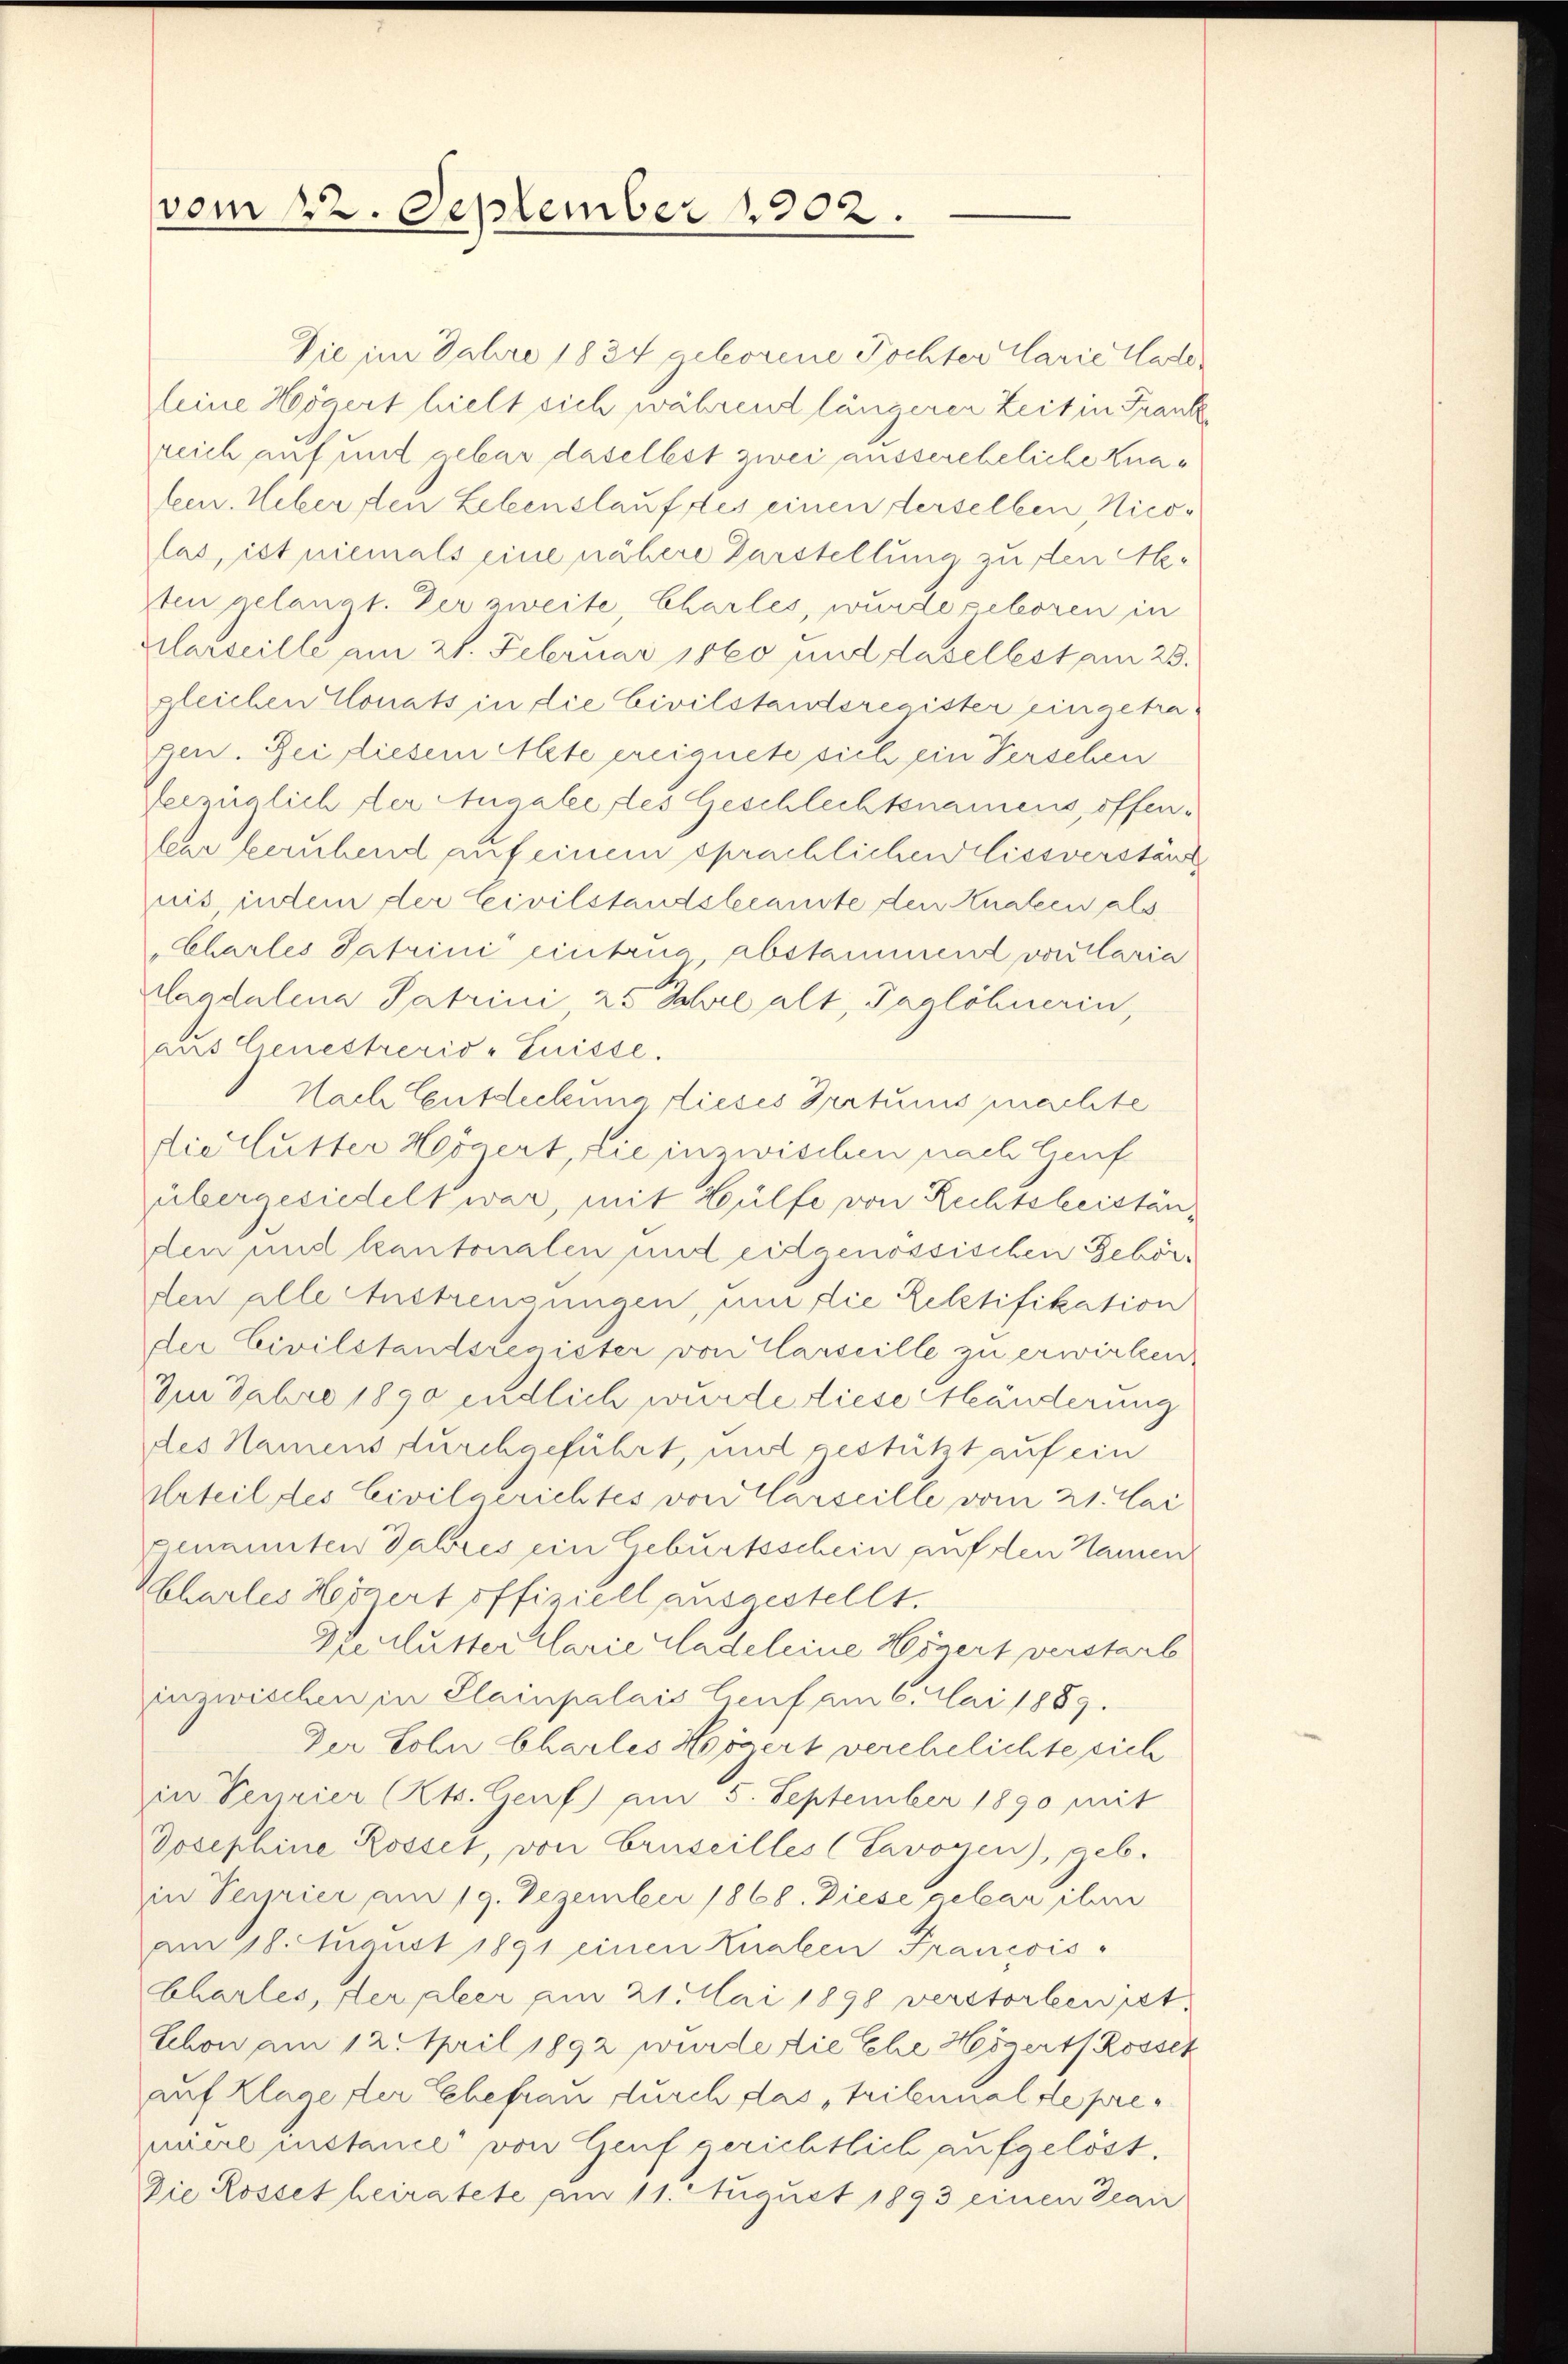
e
vom 22. September 1902.

Die im Jahre 1834 geborene Tochter Carie Hade
leine Högert hielt sich während längerer Zeit in Frank
reich auf und gebar daselbst zwei aussereheliche Knalen. Ueber den Lebenslauf des einen derselben, Nicolas, ist niemals eine nähere Darstellung zu den Me-
sten gelangt. Der zweite, Charles, wurde geboren in
Marseille am 21. Februar 1860 und daselbst am 23.
gleichen Monats in die Civilstanderegister eingetra
gen. Bei diesem Alte ereignete sich ein Verschen
verzüglich der Angabe des Geschlechtsnamens, offenlar beruhend auf einem sprachlichen Missverständ
nis, indem der Civilstandsbeanste den Hnaten als
Chartes Patrini einbrug abstammend von Claria
Landalena Patrini, 25 Jahre alt, Taglöhnerin,
aus Genestrecio-Puisse.
Nach Entdeckung dieses Irrtums machte
die lutter Heögert, die inzwischen nach Genf
übergesiedelt war, mit Hülfe von Rechtsbeiständen und kantonalen und eidgenössischen Gehörden alle Austrengungen, um die Relatifikation
der Civilstandsregister von Karseille zu erwirken,
Im Fabro 1890 endlich wurde diese Händerung
des Namens durchgeführt, und gestützt auf ein
Urteil des Civilgerichtes von Carseille vom 21. Mai
genannten Jahres ein Geburtsschein auf den Namen
Khartes Horgert offiziell ausgestellt.
Heclutter Clarie Kladeleine Hinert verstarb
inzwischen in Plainpalais lieuf am 6. Mai 1889.
Der Lohn Charles Högert verehelichte sich
in Verrier (Kts. Genf) am 5. September 1890 mit
Josephine Rosset, von Cruseilles (Savoyen), geb.
in Terpier am 19. Dezember 1868. Diese gebar ihn
am 18. August 1891 einen Knaben Francois
Charles, der aber am 21. Mai 1898 verstorbenet.
Schon am 12. April 1892 wurde die Ehe Hessert Rosset
auf Klage der Ehefrau durch das tribunal de preuere instance von Genf gerichtlich aufgelöst.
Die Rosset heiratete am 11. August 1893 einen Bean